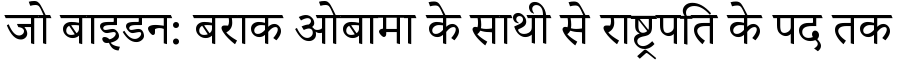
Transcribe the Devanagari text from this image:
जो बाइडन: बराक ओबामा के साथी से राष्ट्रपति के पद तक